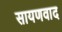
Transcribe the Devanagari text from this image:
सायणवाद